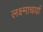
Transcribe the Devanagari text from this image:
लक्ष्माचर्या